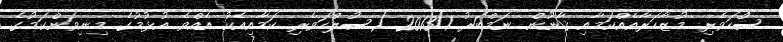
ސުްހަވެރި މުޒާހަރާއެއްކަމާއި ޤާނޫން ނަމްބަރު 2013/1 (ސުލްހަވެރި ކަމާއިއެކު އެއްވެ އުޅުމުގެ މިނިވަންކަމުގެ